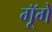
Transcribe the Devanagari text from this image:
गूॅगें